Report on the nature of kala-azar
Disease focus: Kala-Azar
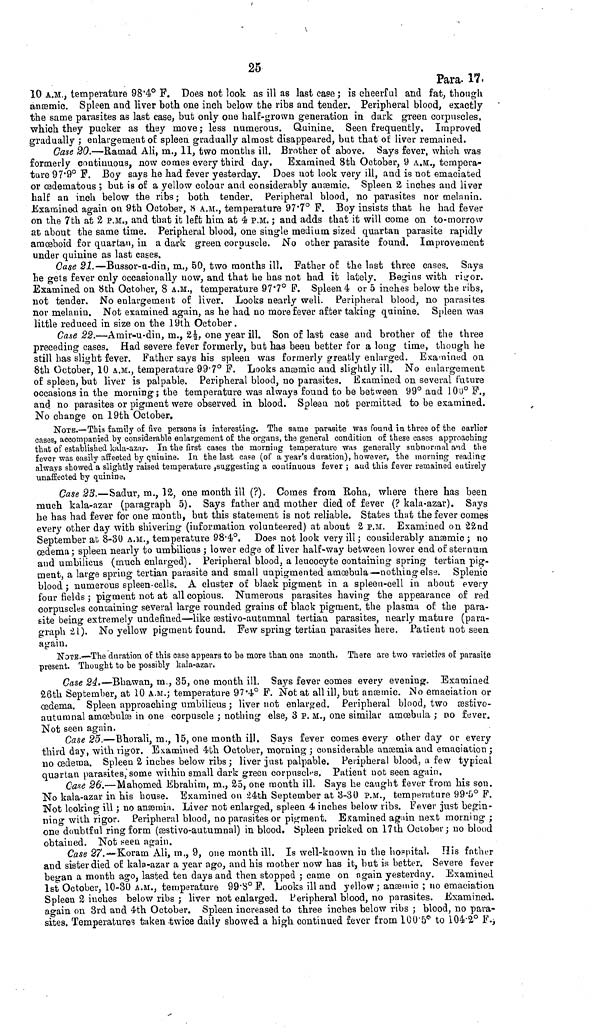
25
Para. 17.
10 A.M., temperature 98.4° F. Does not look as ill as last case ; is cheerful and fat, though
anæmic. Spleen and liver both one inch below the ribs and tender. Peripheral blood, exactly
the same parasites as last case, but only one half-grown generation in dark green corpuscles,
which they pucker as they move ; less numerous. Quinine. Seen frequently. Improved
gradually ; enlargement of spleen gradually almost disappeared, but that of liver remained.
Case 20.—Ramad Ali, m., 11, two months ill. Brother of above. Says fever, which was
formerly continuous, now comes every third day.
Examined 8th October, 9 A.M., tempera-
ture 97.9° F. Boy says he had fever yesterday. Does not look very ill, and is not emaciated
or œdematous ; but is of a yellow colour and considerably anæmic. Spleen 2 inches and liver
half an inch below the ribs ; both tender. Peripheral blood, no parasites nor melanin.
Examined again on 9th October, 8 A.M., temperature 97.7° F. Boy insists that he had fever
on the 7th at 2 P.M., and that it left him at 4 P.M. ; and adds that it will come on to-morrow
at about the same time. Peripheral blood, one single medium sized quartan parasite rapidly
amœboid for quartan, in a dark green corpuscle. No other parasite found. Improvement
under quinine as last cases.
Case 21.—Bussor-u-din, m., 50, two months ill. Father of the last three cases. Says
he gets fever only occasionally now, and that he has not had it lately. Begins with rigor.
Examined on 8th October, 8 A.M., temperature 97.7° F. Spleen 4 or 5 inches below the ribs,
not tender. No enlargement of liver. Looks nearly well. Peripheral blood, no parasites
nor melanin. Not examined again, as he had no more fever after taking quinine. Spleen was
little reduced in size on the 19th October.
Case 22.—Amir-u-din, m., 2½, one year ill. Son of last case and brother of the three
preceding cases. Had severe fever formerly, but has been better for a long time, though he
still has slight fever. Father says his spleen was formerly greatly enlarged. Examined on
8th October, 10 A.M., temperature 99.7° F. Looks anæmic and slightly ill. No enlargement
of spleen, but liver is palpable. Peripheral blood, no parasites. Examined on several future
occasions in the morning; the temperature was always found to be between 99° and 100° F.,
and no parasites or pigment were observed in blood. Spleen not permitted to be examined.
No change on 19th October.
NOTE.—This family of five persons is interesting. The same parasite was found in three of the earlier
cases, accompanied by considerable enlargement of the organs, the general condition of these cases approaching
that of established kala-azar. In the first cases the morning temperature was generally subnormal and the
fever was easily affected by quinine. In the last case (of a year's duration), however, the morning reading
always showed a slightly raised temperature suggesting a continuous fever ; and this fever remained entirely
unaffected by quinine.
Case 23.—Sadur, m., 12, one month ill (?). Comes from Roha, where there has been
much kala-azar (paragraph 5). Says father and mother died of fever (? kala-azar). Says
he has had fever for one month, but this statement is not reliable. States that the fever comes
every other day with shivering (information volunteered) at about 2 P.M. Examined on 22nd
September at 8-30 A.M., temperature 98.4°. Does not look very ill ; considerably anæmic ; no
œdema; spleen nearly to umbilicus ; lower edge of liver half-way between lower end of sternum
and umbilicus (much enlarged). Peripheral blood, a leucocyte containing spring tertian pig-
ment, a large spring tertian parasite and small unpigmented amœbula—nothing else. Splenic
blood ; numerous spleen-cells. A cluster of black pigment in a spleen-cell in about every
four fields ; pigment not at all copious. Numerous parasites having the appearance of red
corpuscles containing several large rounded grains of black pigment, the plasma of the para-
site being extremely undefined—like æstivo-autumnal tertian parasites, nearly mature (para-
graph 21). No yellow pigment found. Few spring tertian parasites here. Patient not seen
again.
NOTE.—The duration of this case appears to be more than one month. There are two varieties of parasite
present. Thought to be possibly kala-azar.
Case 24.—Bhawan, m., 35, one month ill. Says fever comes every evening. Examined
26th September, at 10 A.M.; temperature 97.4° F. Not at all ill, but anæmic. No emaciation or
œdema. Spleen approaching umbilicus ; liver not enlarged. Peripheral blood, two æstivo-
autumnal amœbulæ in one corpuscle ; nothing else, 3 P.M., one similar amœbula ; no fever.
Not seen again.
Case 25.—Bhorali, m., 15, one month ill. Says fever comes every other day or every
third day, with rigor. Examined 4th October, morning ; considerable anæmia and emaciation ;
no œdema. Spleen 2 inches below ribs ; liver just palpable. Peripheral blood, a few typical
quartan parasites, some within small dark green corpuscles. Patient not seen again.
Case 26. — Mahomed Ebrahim, m., 25, one month ill. Says he caught fever from his sou.
No kala-azar in his house. Examined on 24th September at 3-30 P.M., temperature 99.5° F.
Not looking ill ; no anæmia. Liver not enlarged, spleen 4 inches below ribs. Fever just begin-
ning with rigor. Peripheral blood, no parasites or pigment. Examined again next morning ;
one doubtful ring form (æstivo-autumnal) in blood. Spleen pricked on 17th October ; no blood
obtained. Not seen again.
Case 27.—Koram Ali, m., 9, one month ill. Is well-known in the hospital. His father
and sister died of kala-azar a year ago, and his mother now has it, but is better. Severe fever
began a month ago, lasted ten days and then stopped ; came on again yesterday. Examined
1st October, 10-30 A.M., temperature 99.8° F. Looks ill and yellow ; anæmic ; no emaciation
Spleen 2 inches below ribs ; liver not enlarged. Peripheral blood, no parasites. Examined,
again on 3rd and 4th October. Spleen increased to three inches below ribs ; blood, no para-
sites. Temperatures taken twice daily showed a high continued fever from 100.5° to 104.2° F.,